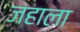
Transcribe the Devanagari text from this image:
जहाला